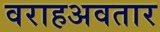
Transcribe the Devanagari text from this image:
वराहअवतार